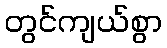
တွင်ကျယ်စွာ